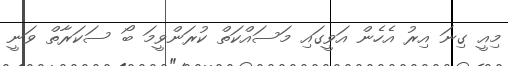
މިއީ ގިނަ އިރު އެހެން އަވީގައި މަސައްކަތް ކުރަންވީމަ ބޯ ސަކަރާތް ވަނީ